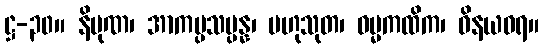
ဋ္ဌ-၃၀။ နိပုဏ၊ အာကပ္ပသမ္ပန္န၊ ဗဟုသုတ၊ ဓမ္မကထိက၊ ဝိနယဓရ။